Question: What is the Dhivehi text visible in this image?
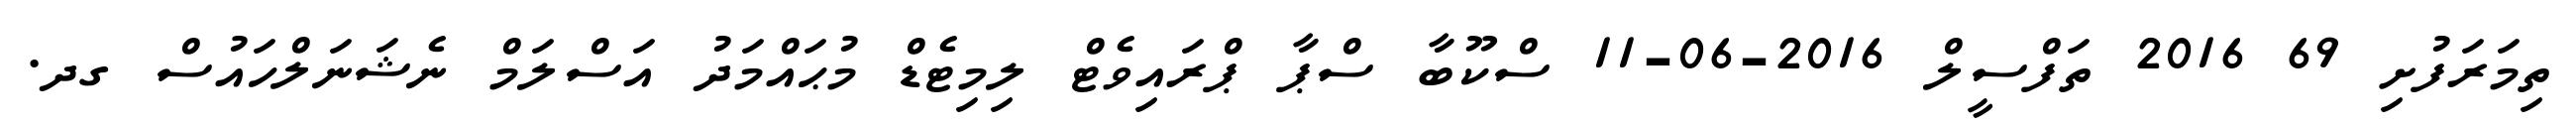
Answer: ތިމަރަފުށި 69 2016 ތަފްސީލް 2016-06-11 ސްކޫބާ ސްޕާ ޕްރައިވެޓް ލިމިޓެޑް މުޙައްމަދު އަސްލަމް ނެޝަނަލްހައުސް ގދ.